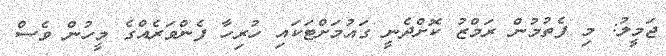
ޖަމީލު: މި ފެތުމުން ރަމްޒު ކޮށްދެނީ ގައުމަށްޓަކައި ހުރިހާ ފެންވަރެއްގެ މީހުން ވެސް